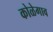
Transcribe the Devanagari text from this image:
कोळेगाव